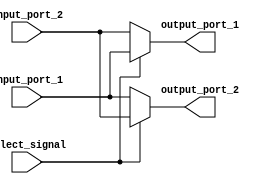
module io_block_bus_switch (
    input wire [7:0] input_port_1,
    input wire [7:0] input_port_2,
    output wire [7:0] output_port_1,
    output wire [7:0] output_port_2,
    input wire select_signal
);

assign output_port_1 = (select_signal) ? input_port_1 : input_port_2;
assign output_port_2 = (select_signal) ? input_port_2 : input_port_1;

endmodule